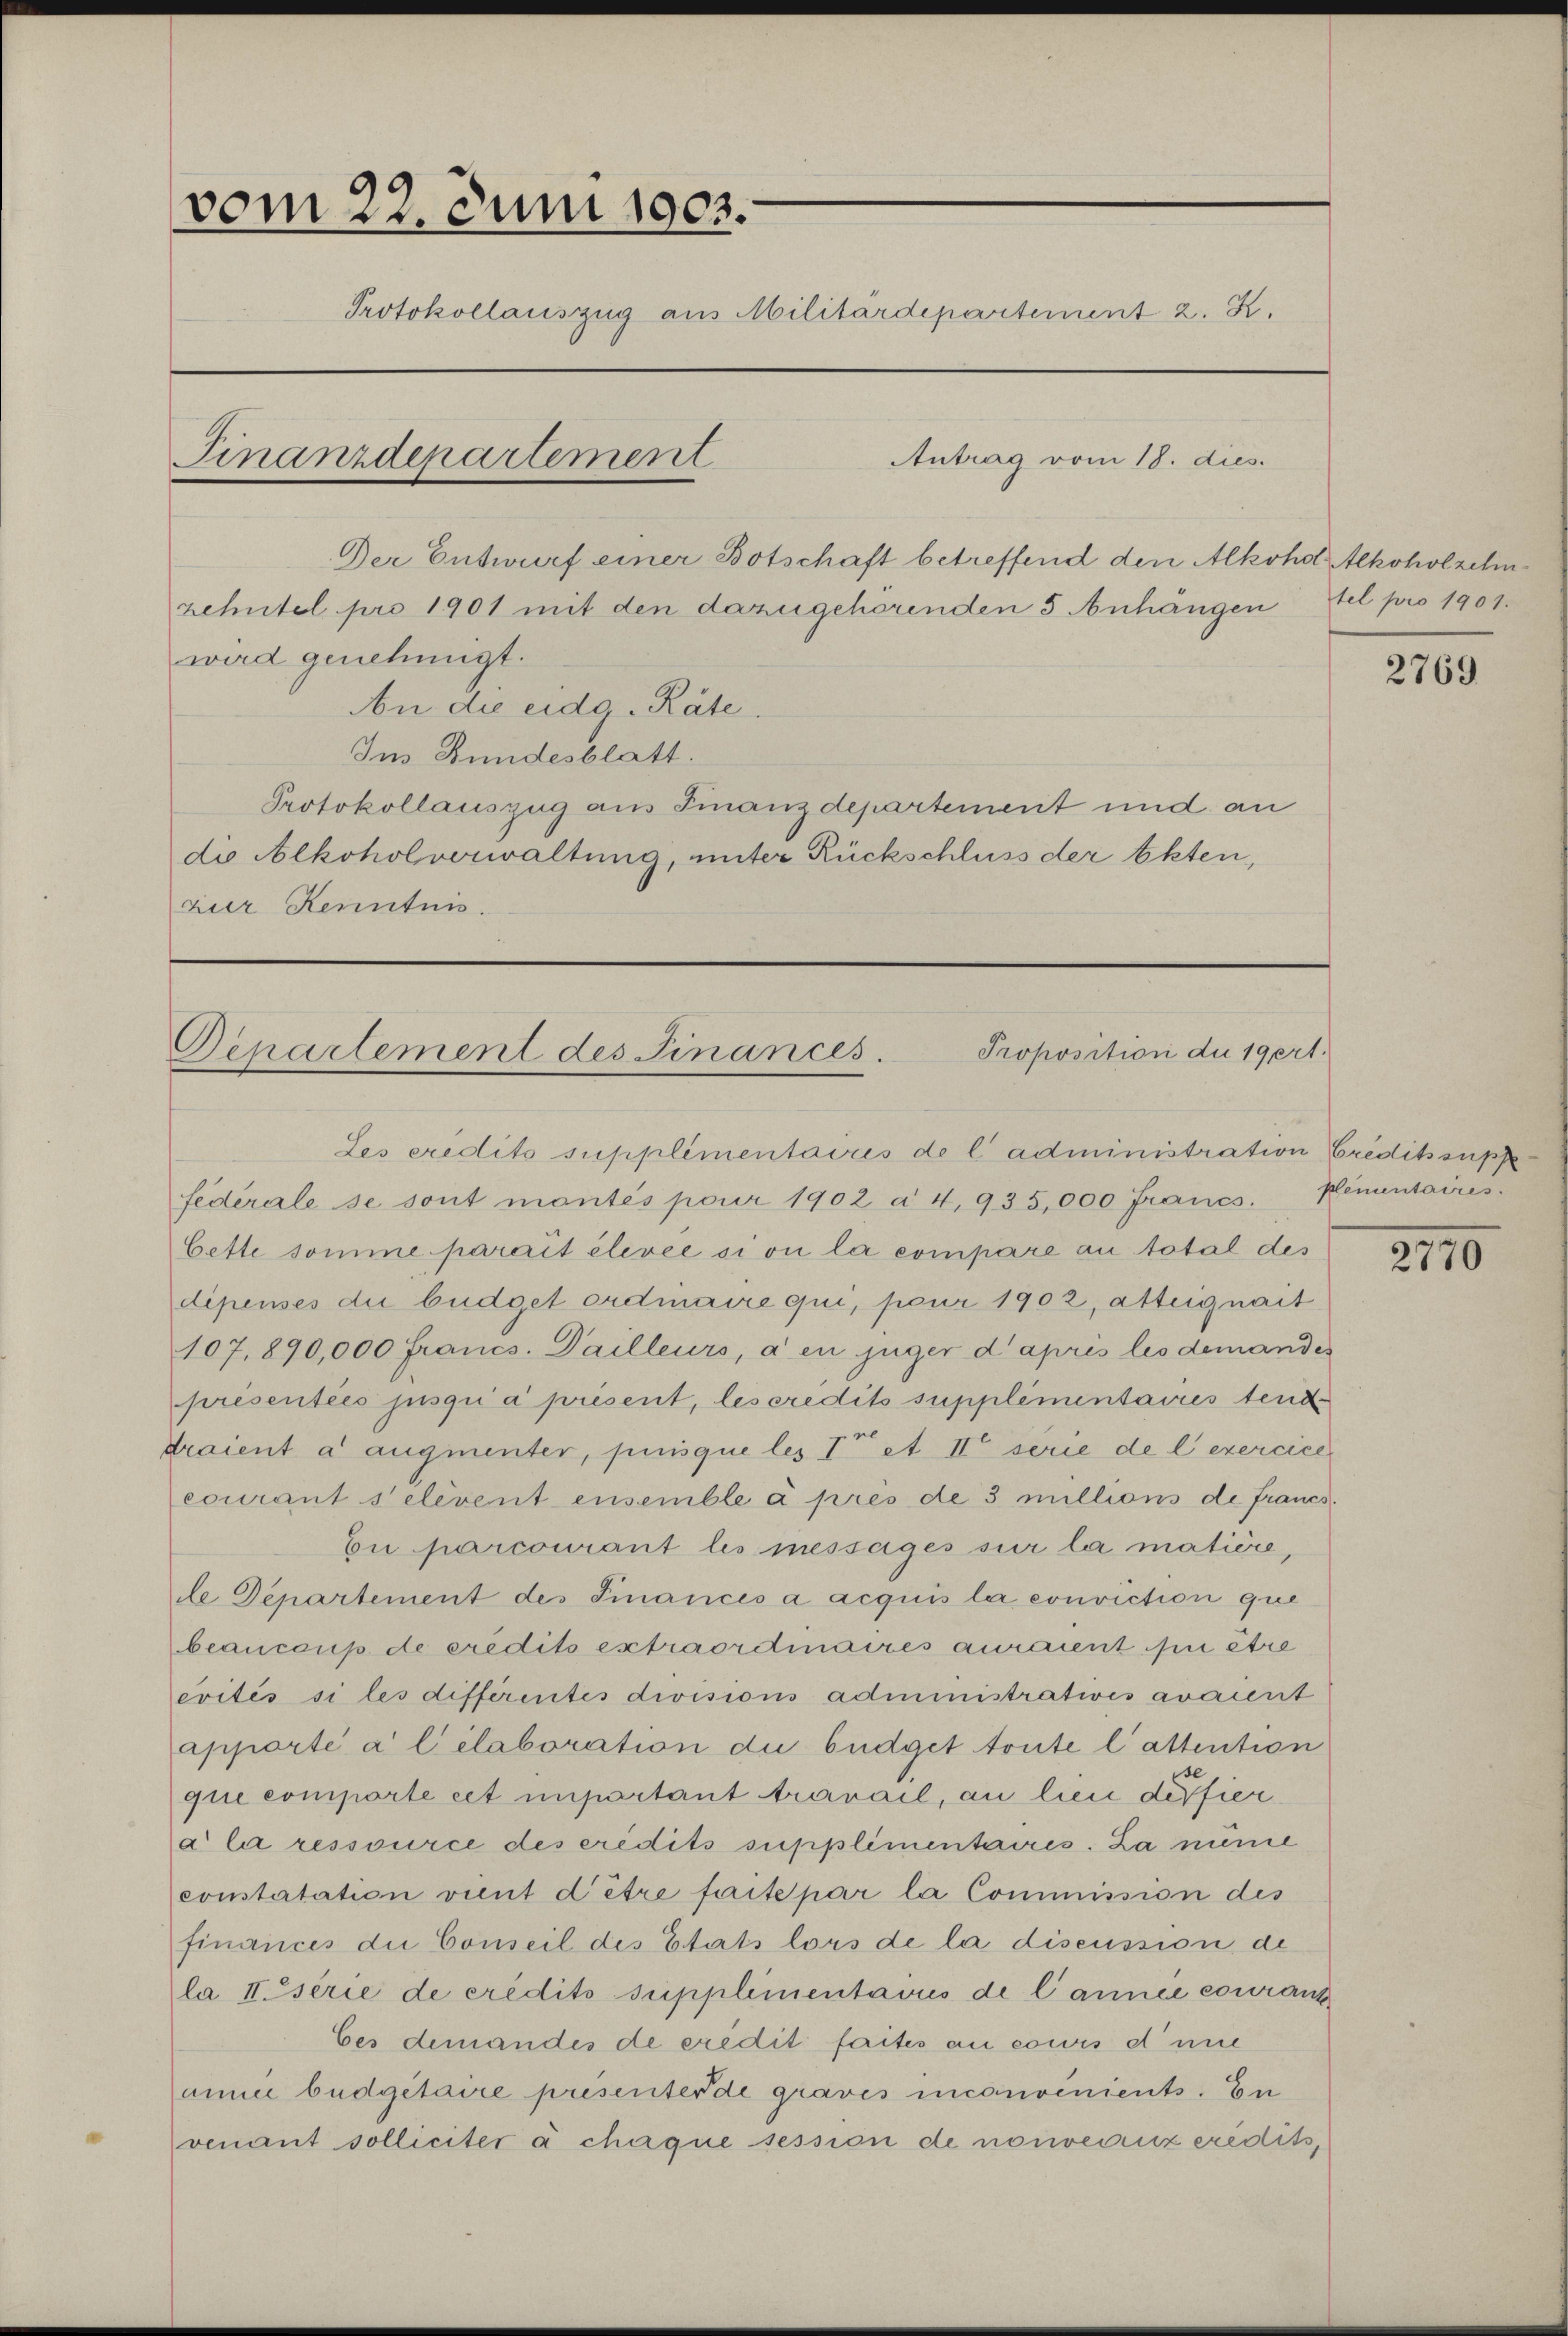
vom 22. Juni 1903.
Protokollauszug aus Militärdepartement 2. K.
Antrag vom 18. dies.
Finanzdepartement

Der Entwurf einer Botschaft betreffend den Alkoho Alkoholzehmzehntel pro 1901 mit den dazugehörenden 5 Anhängen tel pro 1901.
wird genehmigt.
An die eidg. Räte
Im Bundesblatt.
Protokollauszug aus Finanzdepartement und an
die Alkoholverwaltung, unter Rückschluss der Akten,
zur Kenntnis.

Proposition du 19 ert
Departement des Finances.

Les eridits supplimentaires de l’administration Credits supp
federale se sont mantés pour 1902 à 4. 935,000 Francs. Klementaires.
Cette somme parait élevée si on la compare an total des
dipenses die büdget ordinaire qui, pour 1902, atteignait
107.890,000 Francs. Dailleurs, a en juger d’après les demandes
présentées jusquia présent, les credits supplémentaires tende
draient à augmenter, puisque les I et II serie de l’exercice
courant selevent ensemble à près de 3 millions de francs.
Eu parcourant les messages sur la matière,
de Departement des Finances a acquis la conviction que
beancaup de credits extraordinaires auraient sui être
evités si les différentes divisions administratives avaient
apporté à l’élaboration die büdget toute lattention
que comporte cet important travail, an lieu deffiera la ressource des eredits supplimentaires. La nieme
constatation vient d’être faite par la Commission des
finances die Conseil des Etats lors de la discussion de
la Eserie de credits supplimentairs de l’année couranz
bes demandes de eredit faites an cours eine
annie büdgetaire présenterde graves inconvenients. En
venant solliciter à chaque session de nouveaux eredits,

2769

2110